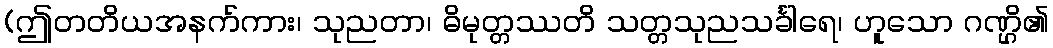
(ဤတတိယအနက်ကား၊ သုညတာ၊ ဓိမုတ္တဿတိ သတ္တသုညသင်္ခါရေ၊ ဟူသော ဂဏ္ဌိ၏